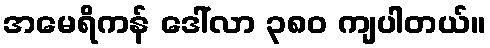
အမေရိကန် ဒေါ်လာ ၃၈၀ ကျပါတယ်။